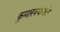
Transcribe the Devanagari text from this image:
कुमारवयातील